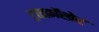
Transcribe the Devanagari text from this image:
ट्राइफ़ॉस्फ़ेट